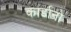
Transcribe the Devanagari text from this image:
कार्डानो